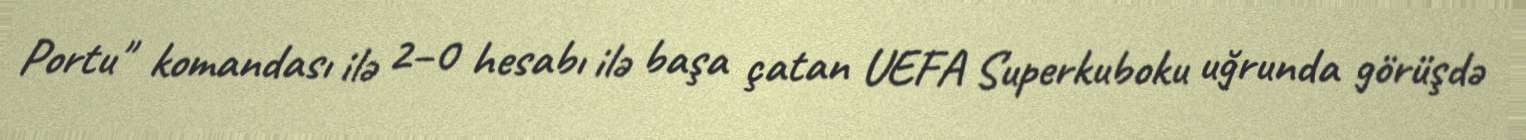
Portu" komandası ilə 2–0 hesabı ilə başa çatan UEFA Superkuboku uğrunda görüşdə